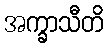
အက္ခာသီတိ